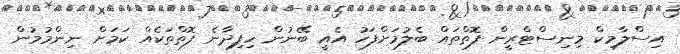
އިސްލާމިކް މިނިސްޓްރީން ފޮތްތައް ބެލުމަށްފަހު އެއީ ބޭނުން ހިފިދާނެ ފޮތްތަކެއް ކަމަށް ނިންމުމުން